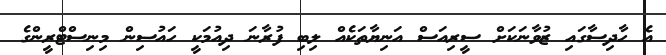
އެ ހާދިސާގައި ޒުވާނަކަށް ސީރިއަސް އަނިޔާތަކެއް ލިބި ފުރާނަ ދިއުމަކީ ހައުސިން މިނިސްޓްރީންގެ